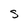
Character: S